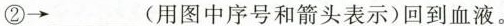
②\rightarrow ___(用图中序号和箭头表示)回到血液。